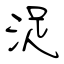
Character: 浞